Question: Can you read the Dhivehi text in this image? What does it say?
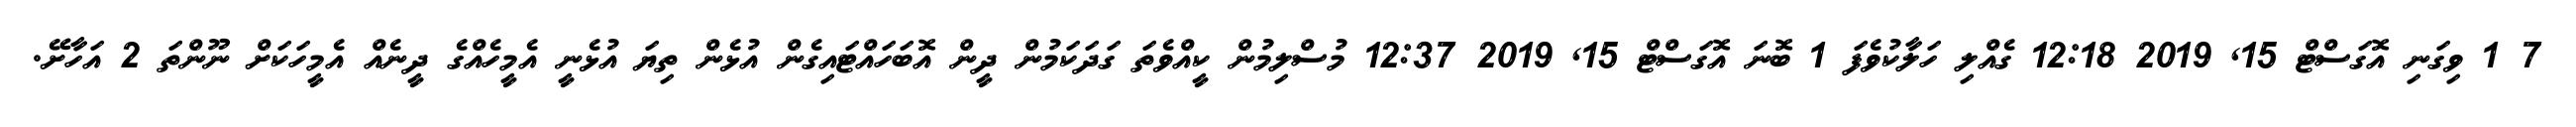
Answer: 7 1 ވިގަނި އޮގަސްޓް 15, 2019 12:18 ގެއްލި ހަލާކުވެފަ 1 ބޮނަ އޮގަސްޓް 15, 2019 12:37 މުސްލިމުން ކީއްވެތަ ގަދަކަމުން ދީން އޮބަހައްޓައިގެން އުޅެން ތިޔަ އުޅެނީ އެމީހެއްގެ ދީނެއް އެމީހަކަށް ނޫންތަ 2 އަހާށޭ.